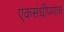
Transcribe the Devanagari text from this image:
एकसंधीपणाच